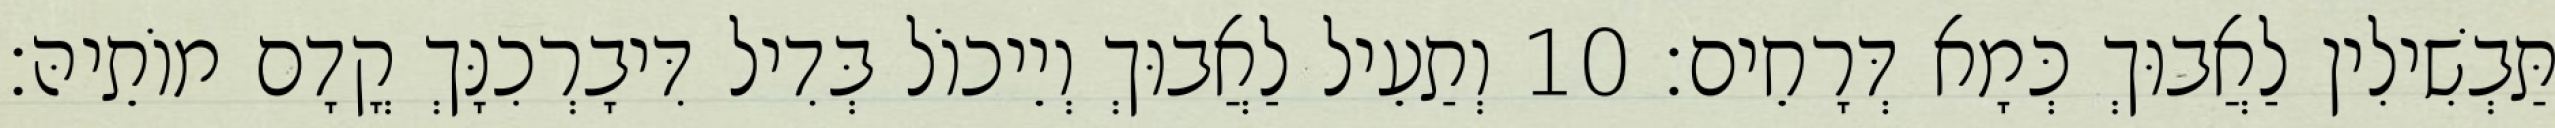
תַּבְשִׁילִין לַאֲבוּךְ כְּמָא דְּרָחֵים׃ 10 וְתַעֵיל לַאֲבוּךְ וְיֵיכוֹל בְּדִיל דִּיבָרְכִנָּךְ קֳדָם מוֹתֵיהּ׃